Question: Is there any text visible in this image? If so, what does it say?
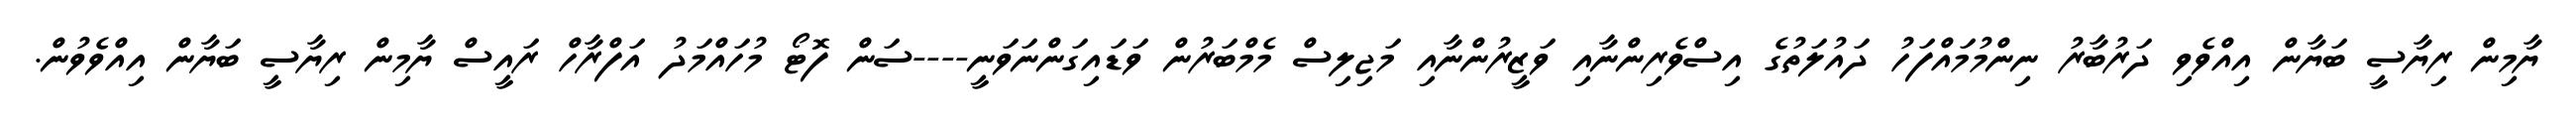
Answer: ޔާމިން ރިޔާސީ ބަޔާން އިއްވެވި ދަރުބާރު ނިންމުމައްފަހު ދައުލަތުގެ އިސްވެރިންނާއި ވަޒީރުންނާއި މަޖިލިސް މެމްބަރުން ވަޑައިގަންނަވަނީ----ސަން ފޮޓޯ މުހައްމަދު އަފްރާހް ރައީސް ޔާމިން ރިޔާސީ ބަޔާން އިއްވެވުން.